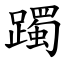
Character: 躅